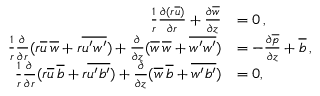
\begin{array} { r l } { \frac { 1 } { r } \frac { \partial ( r \overline { { u } } ) } { \partial r } + \frac { \partial \overline { { w } } } { \partial z } } & { = 0 \, , } \\ { \frac { 1 } { r } \frac { \partial } { \partial r } ( r \overline { { u } } \, \overline { { w } } + r \overline { { u ^ { \prime } w ^ { \prime } } } ) + \frac { \partial } { \partial z } ( { \overline { { w } } } \, \overline { { w } } + \overline { { w ^ { \prime } w ^ { \prime } } } ) } & { = - \frac { \partial \overline { { p } } } { \partial z } + \overline { { b } } \, , } \\ { \frac { 1 } { r } \frac { \partial } { \partial r } ( r \overline { { u } } \, \overline { { b } } + r \overline { { u ^ { \prime } b ^ { \prime } } } ) + \frac { \partial } { \partial z } ( { \overline { { w } } } \, \overline { { b } } + \overline { { w ^ { \prime } b ^ { \prime } } } ) } & { = 0 , } \end{array}